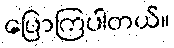
ပြောကြပါတယ်။